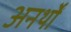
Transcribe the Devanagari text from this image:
अनर्थों